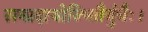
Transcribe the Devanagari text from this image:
सम्प्रदायोज्भितैर्बुधैः।